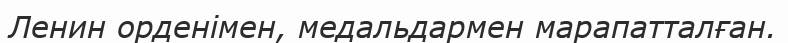
Ленин орденімен, медальдармен марапатталған.